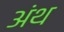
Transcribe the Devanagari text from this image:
अंथ